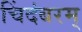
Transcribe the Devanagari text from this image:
चिंदंबरम्